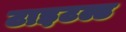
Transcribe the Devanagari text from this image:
टाइटल्ड